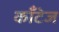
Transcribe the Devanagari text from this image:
काँटेज